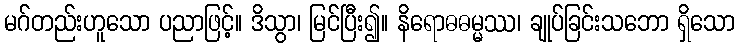
မဂ်တည်းဟူသော ပညာဖြင့်။ ဒိသွာ၊ မြင်ပြီး၍။ နိရောဓဓမ္မဿ၊ ချုပ်ခြင်းသဘော ရှိသော